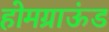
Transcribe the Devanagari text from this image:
होमग्राऊंड